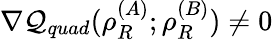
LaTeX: \nabla\mathcal{Q}_{quad}(\rho_{R}^{(A)};\rho_{R}^{(B)})\ne 0